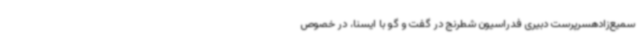
سمیع‌زادهسرپرست دبیری فدراسیون شطرنج در گفت و گو با ایسنا، در خصوص